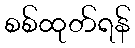
စစ်ထုတ်ရန်